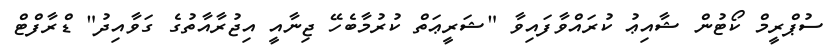
ސުޕްރީމް ކޯޓުން ޝާއިޢު ކުރައްވާފައިވާ "ޝަރީޢަތް ކުރުމާބެހޭ ޖިނާއީ އިޖުރާއާތުގެ ގަވާއިދު" ޑްރާފްޓް